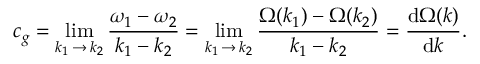
c _ { g } = \operatorname* { l i m } _ { k _ { 1 } \, \to \, k _ { 2 } } { \frac { \omega _ { 1 } - \omega _ { 2 } } { k _ { 1 } - k _ { 2 } } } = \operatorname* { l i m } _ { k _ { 1 } \, \to \, k _ { 2 } } { \frac { \Omega ( k _ { 1 } ) - \Omega ( k _ { 2 } ) } { k _ { 1 } - k _ { 2 } } } = { \frac { { \mathrm { d } } \Omega ( k ) } { { \mathrm { d } } k } } .